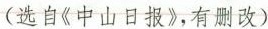
(选自《中山日报》，有删改）